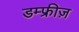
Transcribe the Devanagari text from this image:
डम्फ्रीज़